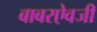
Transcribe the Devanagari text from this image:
बाबरऐवजी